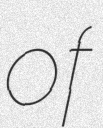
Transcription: of